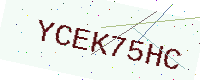
Text: YCEK75HC